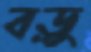
বড়ু